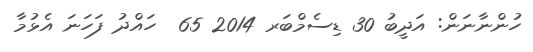
ހުންނާނަން: އަދީބު 30 ޑިސެމްބަރ 2014 65  ހައްދު ފަހަނަ އެޅުމާ